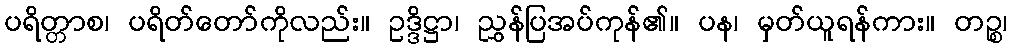
ပရိတ္တာစ၊ ပရိတ်တော်ကိုလည်း။ ဥဒ္ဒိဋ္ဌာ၊ ညွှန်ပြအပ်ကုန်၏။ ပန၊ မှတ်ယူရန်ကား။ တဉ္စ၊